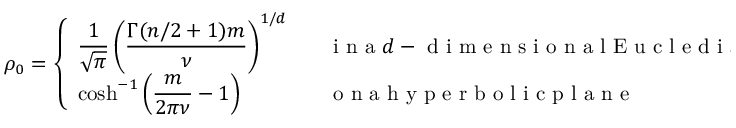
\rho _ { 0 } = \left\{ \begin{array} { l l } { \displaystyle \frac { 1 } { \sqrt { \pi } } \left( \frac { \Gamma ( n / 2 + 1 ) m } { \nu } \right) ^ { 1 / d } \; \; \; } & { \mathrm { ~ i ~ n ~ a ~ } d - \mathrm { ~ d ~ i ~ m ~ e ~ n ~ s ~ i ~ o ~ n ~ a ~ l ~ E ~ u ~ c ~ l ~ e ~ d ~ i ~ a ~ n ~ s ~ p ~ a ~ c ~ e ~ } \medskip } \\ { \displaystyle \cosh ^ { - 1 } \left( \frac { m } { 2 \pi \nu } - 1 \right) \; \; \; } & { \mathrm { ~ o ~ n ~ a ~ h ~ y ~ p ~ e ~ r ~ b ~ o ~ l ~ i ~ c ~ p ~ l ~ a ~ n ~ e ~ } } \end{array} \right.